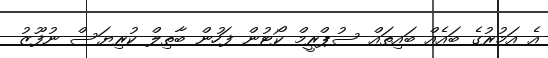
އެ އަމުރުގެ ބައެއް ބައިތައް ސުޕްރީމް ކޯޓުން ފަހުން ބާތިލް ކުރިޔަސް ނުފޫޒު